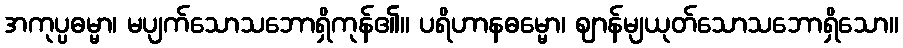
အကုပ္ပဓမ္မာ၊ မပျက်သောသဘောရှိကုန်၏။ ပရိဟာနဓမ္မော၊ ဈာန်မျယုတ်သောသဘောရှိသော။